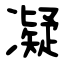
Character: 凝